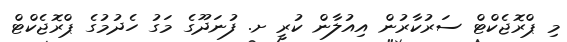
މި ޕްރޮޖެކްޓް ސަރުކާރުން އިއުލާން ކުރީ ށ. ފުނަދޫގެ މަގު ހެދުމުގެ ޕްރޮޖެކްޓް